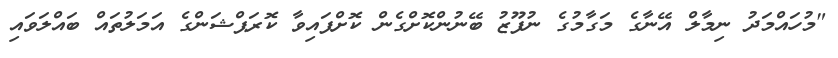
"މުހައްމަދު ނިމާލް އޭނާގެ މަގާމުގެ ނުފޫޒު ބޭނުންކޮށްގެން ކޮށްފައިވާ ކޮރަޕްޝަންގެ އަމަލުތައް ބައްލަވައި